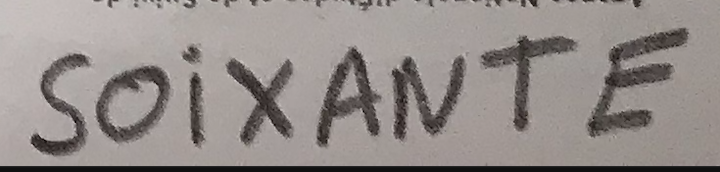
SOIXANTE